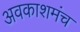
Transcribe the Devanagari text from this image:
अवकाशमंच